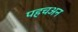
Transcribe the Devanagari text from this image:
पहचअन